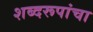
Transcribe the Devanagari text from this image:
शब्दरूपांचा